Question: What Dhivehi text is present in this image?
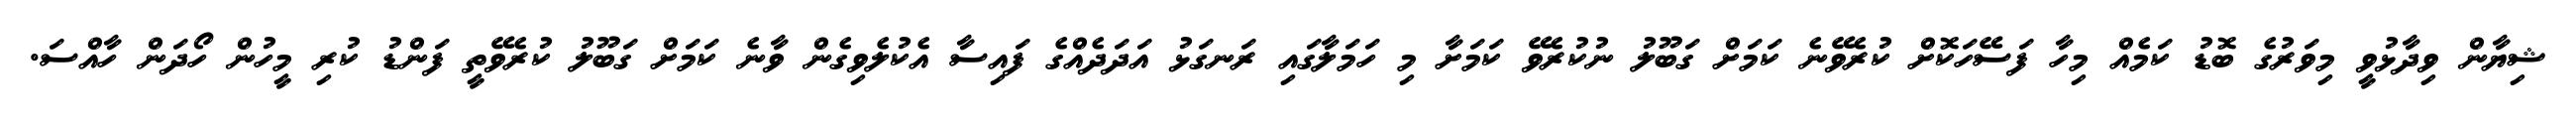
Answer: ޝިޔާން ވިދާޅުވީ މިވަރުގެ ބޮޑު ކަމެއް މިހާ ފަސޭހަކޮށް ކުރެވޭނެ ކަމަށް ގަބޫލު ނުކުރެވޭ ކަމަށާ މި ހަމަލާގައި ރަނގަޅު އަދަދެއްގެ ފައިސާ އެކުލެވިގެން ވާނެ ކަމަށް ގަބޫލު ކުރެވޭތީ ފަންޑު ކުރި މީހުން ހޯދަން ހާއްސަ.